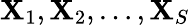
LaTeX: \mathbf{X}_{1},\mathbf{X}_{2},\ldots,\mathbf{X}_{S}